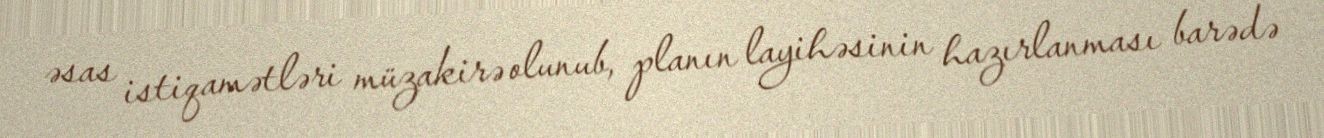
əsas istiqamətləri müzakirə olunub, planın layihəsinin hazırlanması barədə